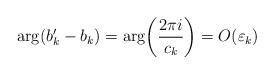
LaTeX: \begin{align*}\arg (b_k'-b_k) =\arg\!\left(\frac{2\pi i}{c_k}\right) =O( \varepsilon_k) \end{align*}